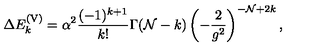
\Delta E _ { k } ^ { \mathrm { ( V ) } } = \alpha ^ { 2 } { \frac { ( - 1 ) ^ { k + 1 } } { k ! } } \Gamma ( { \cal N } - k ) \left( - { \frac { 2 } { g ^ { 2 } } } \right) ^ { - { \cal N } + 2 k } ,